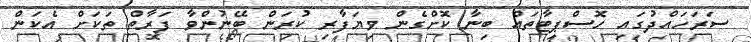
ސަރަހައްދުގައި ހޮސްޕިޓާތައް ބިނާ ކޮށްގެން ވިޔަފާރި ކުރަން ބޭނުންވާ ފަރާތް ތަކަށް އެކަން